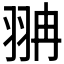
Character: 𦐘